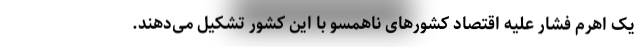
یک اهرم فشار علیه اقتصاد کشورهای ناهمسو با این کشور تشکیل می‌دهند.